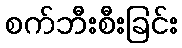
စက်ဘီးစီးခြင်း